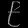
Digit: ၉